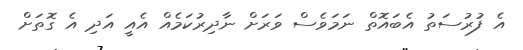
އެ ފުރުސަތު އެބައޮތް ނަމަވެސް ވަރަށް ނާދިރުކަމެއް އެއީ އަދި އެ ގޮތަށް